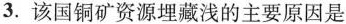
3.该国铜矿资源埋藏浅的主要原因是